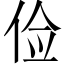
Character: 俭